Report of the Hyderabad Chloroform Commission
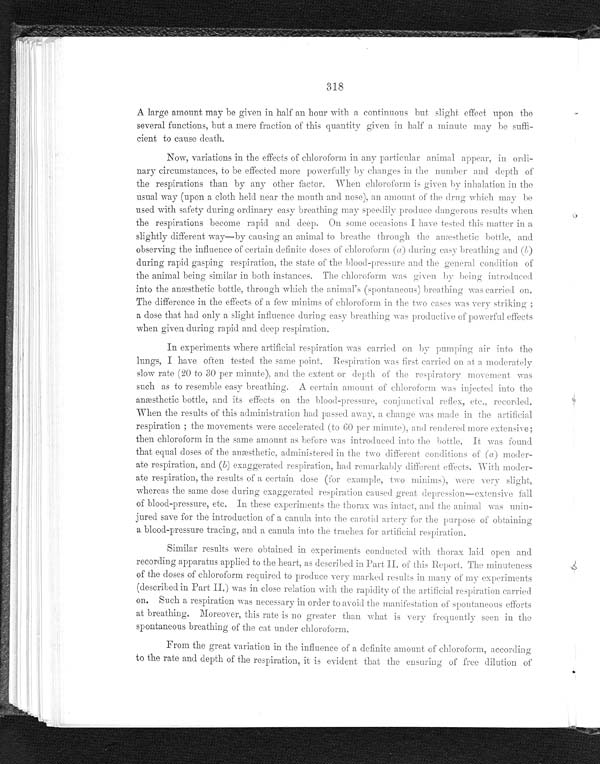
318
A large amount may be given in half an hour with a continuous but slight effect upon the
several functions, but a mere fraction of this quantity given in half a minute may be suffi-
cient to cause death.
Now, variations in the effects of chloroform in any particular animal appear, in ordi-
nary circumstances, to be effected more powerfully by changes in the number and depth of
the respirations than by any other factor. When chloroform is given by inhalation in the
usual way (upon a cloth held near the mouth and nose), an amount of the drug which may be
used with safety during ordinary easy breathing may speedily produce dangerous results when
the respirations become rapid and deep. On some occasions I have tested this matter in a
slightly different way—by causing an animal to - breathe through the anæsthetic - bottle, and
o b s e r v i n g t h e i n f l u e n c e o f c e r t a i n d e f i n i t e d o s e s o f c h l o r o f o r m ( a ) d u r i n g e a s y b r e a t h i n g a n d ( b ) d u r i n g r a p i d g a s p i n g
r e s p i r a t i o n ,
t h e s t a t e o f t h e b l o o d - p r e s s u r e a n d t h eg
e n e r a l
c o n d i t i o n o f
the annual being similar in both instances. The chloroform was given by being introduced
into the anæsthetic bottle, through which the animal's (spontaneous) breathing was carried on.
The difference in the effects of a few minims of chloroform in the two cases was very striking;
a dose that had only a slight influence during easy breathing was productive of powerful effects
when given during rapid and deep respiration.
In experiments where artificial respiration was carried on by pumping air into the
lungs, I have often tested the same point. Respiration was first carried on at a moderately
slow rate (20 to 30 per minute), and the extent or depth of the respiratory movement was
such as to resemble easy breathing. A certain amount of chloroform was injected into the
anæs t het i c bot t l e, and i t s ef f ect s on t he bl ood- pr es s ur e, conj unct i val r ef l ex, et c. , r ecor ded.
When the results of this administration had passed away, a change was made in the artificial
respiration; the movements were accelerated (to 60 per minute), and rendered more extensive;
then chloroform in the same amount as before was introduced into the bottle. It was found
that equal doses of the anæsthetic, administered in the two different conditions of (a)
m o d e r - a t e r e s p i r a t i o n , a n d(
b )
exaggerated respiration, had remarkably different effects. With moder-
ate respiration, the results of a certain dose (for example, two minims), were very slight,
whereas the same dose during exaggerated respiration caused great depression—extensive fall
of blood-pressure, etc. In these thorax was intact, and the animal was unin-
jured save for the introduction of a canula into the carotid artery for the purpose of obtaining
a blood-pressure tracing, and a canula into the trachea for artificial respiration.
Similar results, were obtained in experiments conducted with thorax laid open and
recording apparatus applied to the heart, as described in Part II. of this Report. The minuteness
of the doses of chloroform required to produce very marked results in many of my experiments
(described in Part II.) was in close relation with the rapidity of the artificial respiration carried
on. Such a respiration was necessary in order to avoid the manifestation of spontaneous efforts
at breathing. Moreover, this rate is no greater than what is very frequently seen in the
spontaneous breathing of the cat under chloroform.
From the great variation in the influence of a definite amount of chloroform, according,
to the rate and depth of the respiration , it is evident that the ensuring of free dilution of